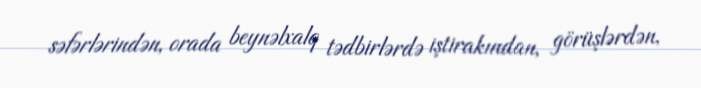
səfərlərindən, orada beynəlxalq tədbirlərdə iştirakından, görüşlərdən,